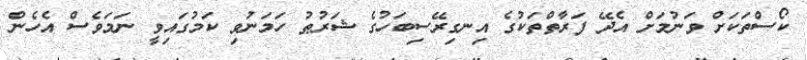
ކޯސްތަކަށް ވަނުމަށް އެދޭ ފަރާތްތަކުގެ އިނގިރޭސިބަހުގެ ޝަރުޠު ހަމަނުވި ކަމުގައިވީ ނަމަވެސް އެހެން